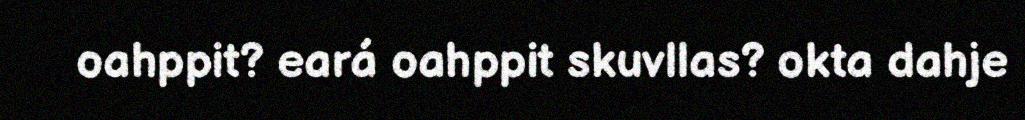
oahppit? eará oahppit skuvllas? okta dahje